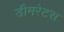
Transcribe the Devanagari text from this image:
डीमरेटस